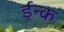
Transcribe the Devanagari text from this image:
ईन्क